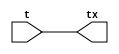
/*
 * tt_prim_tbuf_pol.v
 *
 * TT Primitive
 * Tristate buffer polarity handler
 *
 * Not all cells libraries have the same enable polarity ...
 * This converts positive enable polarity to whatever the
 * tt_prim_tbuf expects.
 *
 * Copyright (c) 2023 Sylvain Munaut <tnt@246tNt.com>
 * SPDX-License-Identifier: Apache-2.0
 */

`default_nettype none

module tt_prim_tbuf_pol (
	input  wire t,
	output wire tx
);

	assign tx = t;

endmodule // tt_prim_tbuf